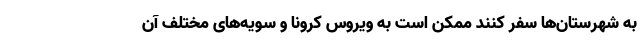
به شهرستان‌ها سفر کنند ممکن است به ویروس کرونا و سویه‌های مختلف آن